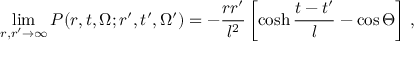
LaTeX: \operatorname * { l i m } _ { r , r ^ { \prime } \to \infty } P ( r , t , \Omega ; r ^ { \prime } , t ^ { \prime } , \Omega ^ { \prime } ) = - \frac { r r ^ { \prime } } { l ^ { 2 } } \left[ \cosh \frac { t - t ^ { \prime } } { l } - \cos \Theta \right] \, ,